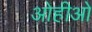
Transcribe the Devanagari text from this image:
ओहीओ